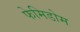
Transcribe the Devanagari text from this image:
फेमिडोम